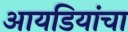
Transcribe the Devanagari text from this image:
आयडियांचा